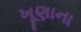
ખૂણાના